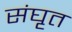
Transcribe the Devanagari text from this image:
संघृत